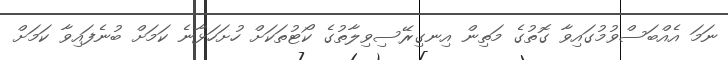
ނަމަ އެއްބަސްވުމުގައިވާ ގޮތުގެ މަތިން އިނގިރޭސިވިލާތުގެ ކޯޓުތަކަށް ހުށަހަޅާނެ ކަމަށް ބުނެފައިވާ ކަމަށް